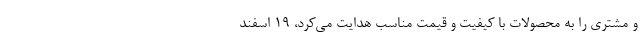
و مشتری را به محصولات با کیفیت و قیمت مناسب هدایت می‌کرد، ۱۹ اسفند